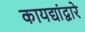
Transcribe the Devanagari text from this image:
कायद्यांद्वारे